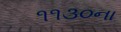
૧૧૩૦ના